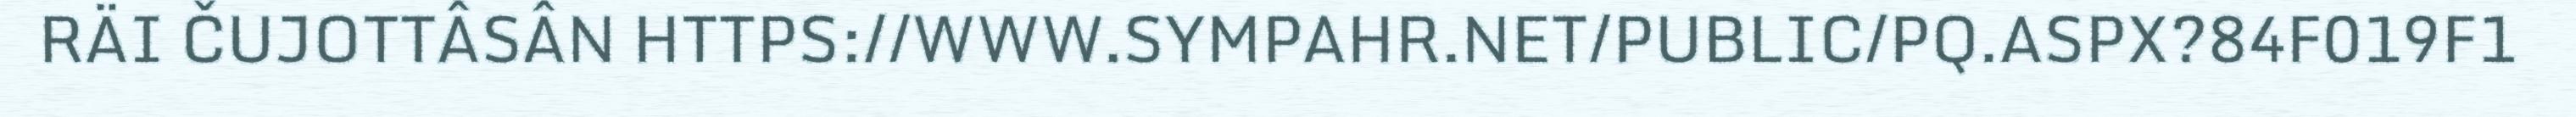
RÄI ČUJOTTÂSÂN HTTPS://WWW.SYMPAHR.NET/PUBLIC/PQ.ASPX?84F019F1